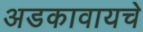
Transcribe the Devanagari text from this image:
अडकावायचे